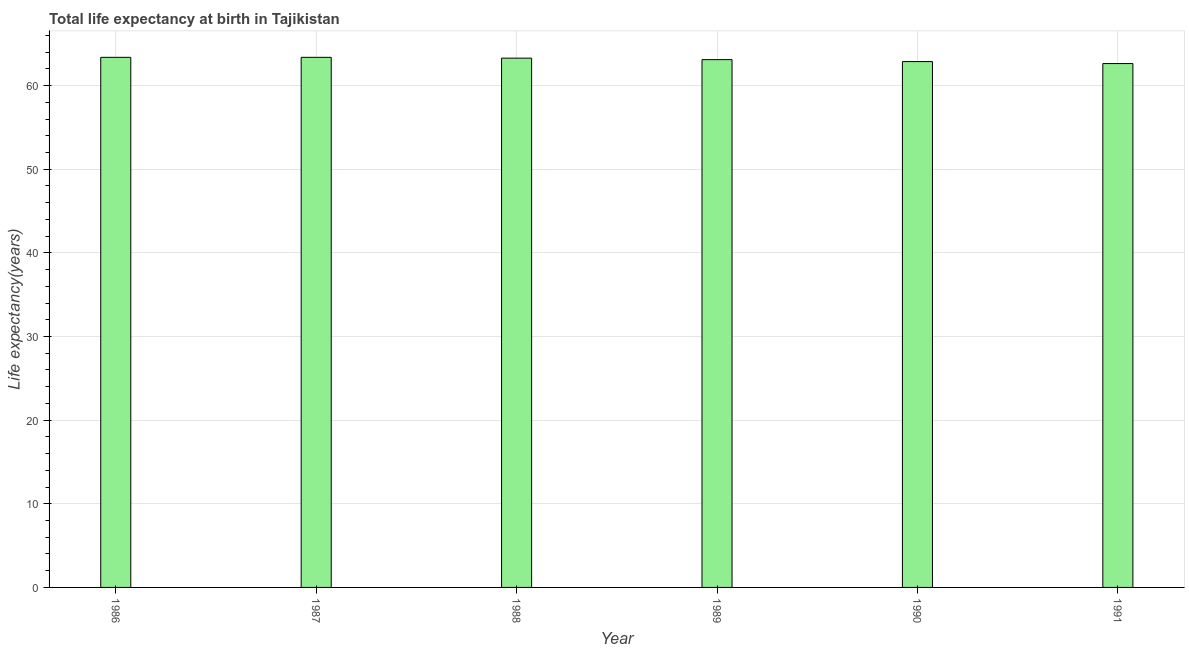
| Year | Life expectancy at birth |
 | --- | --- |
 | 1986 | 63.4 |
 | 1987 | 63.4 |
 | 1988 | 63.3 |
 | 1989 | 63.1 |
 | 1990 | 62.9 |
 | 1991 | 62.6 |